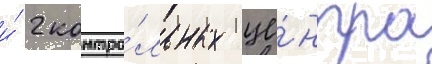
и́ 2 контро́льных це́нтра